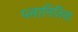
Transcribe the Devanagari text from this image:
प्लानितिया